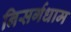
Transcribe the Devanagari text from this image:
निसर्गधाम